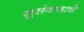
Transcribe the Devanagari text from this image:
सुसंवादाचे